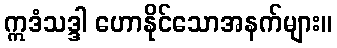
ဣဒံသဒ္ဒါ ဟောနိုင်သောအနက်များ။